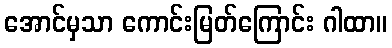
အောင်မှသာ ကောင်းမြတ်ကြောင်း ဂါထာ။